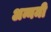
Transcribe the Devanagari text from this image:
अन्नमी